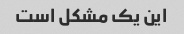
این یک مشکل است